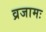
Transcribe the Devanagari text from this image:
व्रजामः